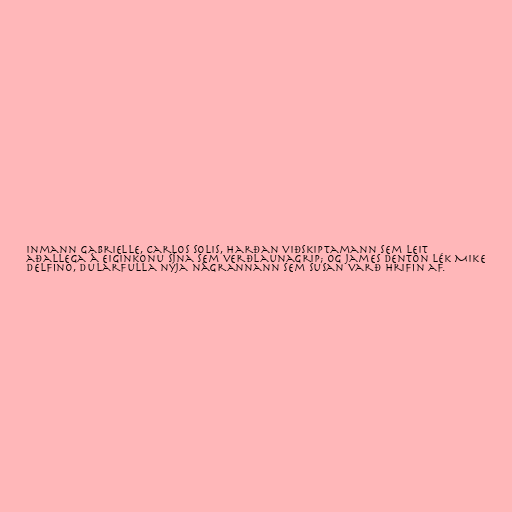
inmann Gabrielle, Carlos Solis, harðan viðskiptamann sem leit
aðallega á eiginkonu sína sem verðlaunagrip; og James Denton lék Mike
Delfino, dularfulla nýja nágrannann sem Susan varð hrifin af.